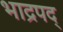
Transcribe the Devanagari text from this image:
भाद्रपद्